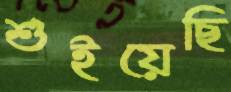
শুইয়েছি